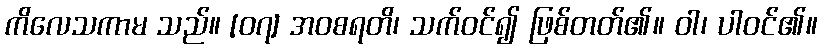
ကိလေသကာမ သည်။ [၀၇] အဝစရတိ၊ သက်ဝင်၍ ဖြစ်တတ်၏။ ဝါ၊ ပါဝင်၏။